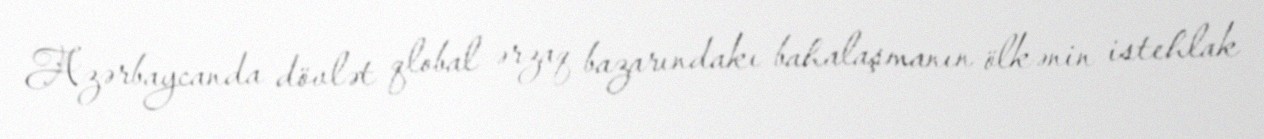
Azərbaycanda dövlət qlobal ərzaq bazarındakı bahalaşmanın ölkənin istehlak